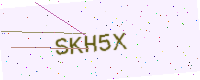
Text: SKH5X